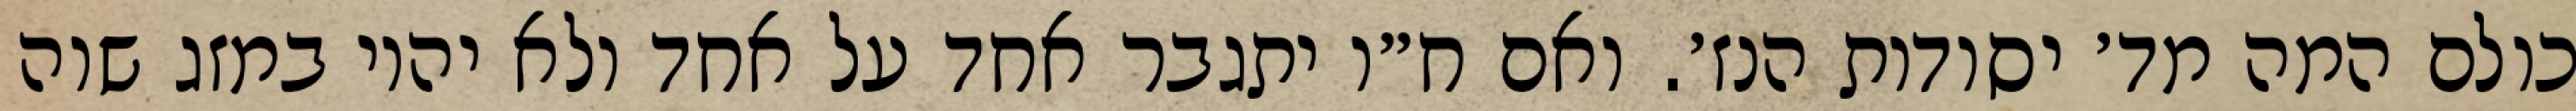
כולם המה מד׳ יסודות הנז׳. ואם ח״ו יתגבר אחד על אחד ולא יהיו במזג שוה